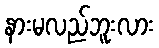
နားမလည်ဘူးလား